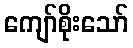
ကျော်စိုးသော်